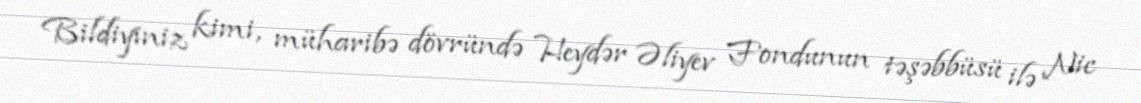
Bildiyiniz kimi, müharibə dövründə Heydər Əliyev Fondunun təşəbbüsü ilə Nic